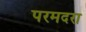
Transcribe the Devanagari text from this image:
परमदरा